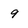
Character: 9